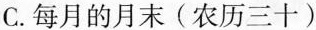
C.每月的月末(农历三十)